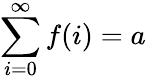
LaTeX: \sum_{i=0}^{\infty}f(i)=a